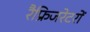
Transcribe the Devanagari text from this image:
रैफ्रिजरेटरों